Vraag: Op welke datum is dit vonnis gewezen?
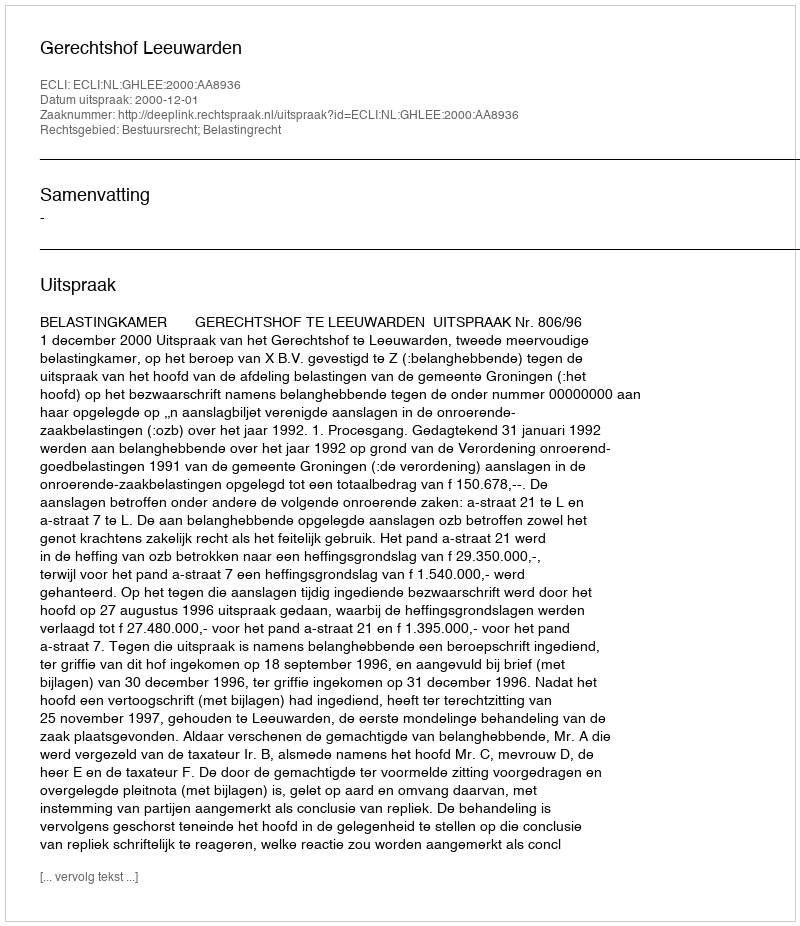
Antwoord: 2000-12-01